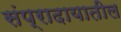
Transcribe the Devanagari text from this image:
संप्रादायातील